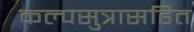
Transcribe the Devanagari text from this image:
कल्पसुत्रासहित